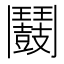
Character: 𩰛